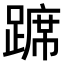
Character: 𫏛